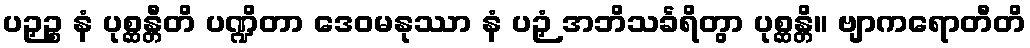
ပဉှဉ္စ နံ ပုစ္ဆန္တီတိ ပဏ္ဍိတာ ဒေဝမနုဿာ နံ ပဉှံ အဘိသင်္ခရိတွာ ပုစ္ဆန္တိ။ ဗျာကရောတီတိ